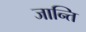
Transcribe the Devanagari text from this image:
जान्ति